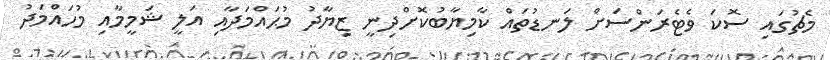
މެޗުގައި ސޮކަ ވެޓެރަންސަށް ލަނޑުތައް ކާމިޔާބުކޮށްދިނީ ޒިޔާދު މުޙައްމަދާއި އަލީ ޝަމީމާއި މުހައްމަދު